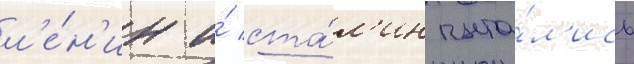
л'е́н'ин и́ ста́л'ин пыта́л'ись